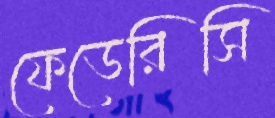
ফেডেরিসি